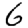
Digit: 6